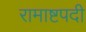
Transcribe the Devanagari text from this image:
रामाष्टपदी